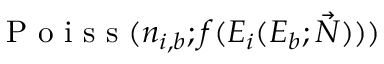
\mathrm { ~ P ~ o ~ i ~ s ~ s ~ } ( n _ { i , b } ; f ( E _ { i } ( E _ { b } ; \vec { N } ) ) )